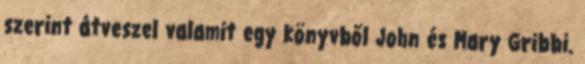
szerint átveszel valamit egy könyvből John és Mary Gribbi.